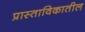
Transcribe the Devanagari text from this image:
प्रास्ताविकातील